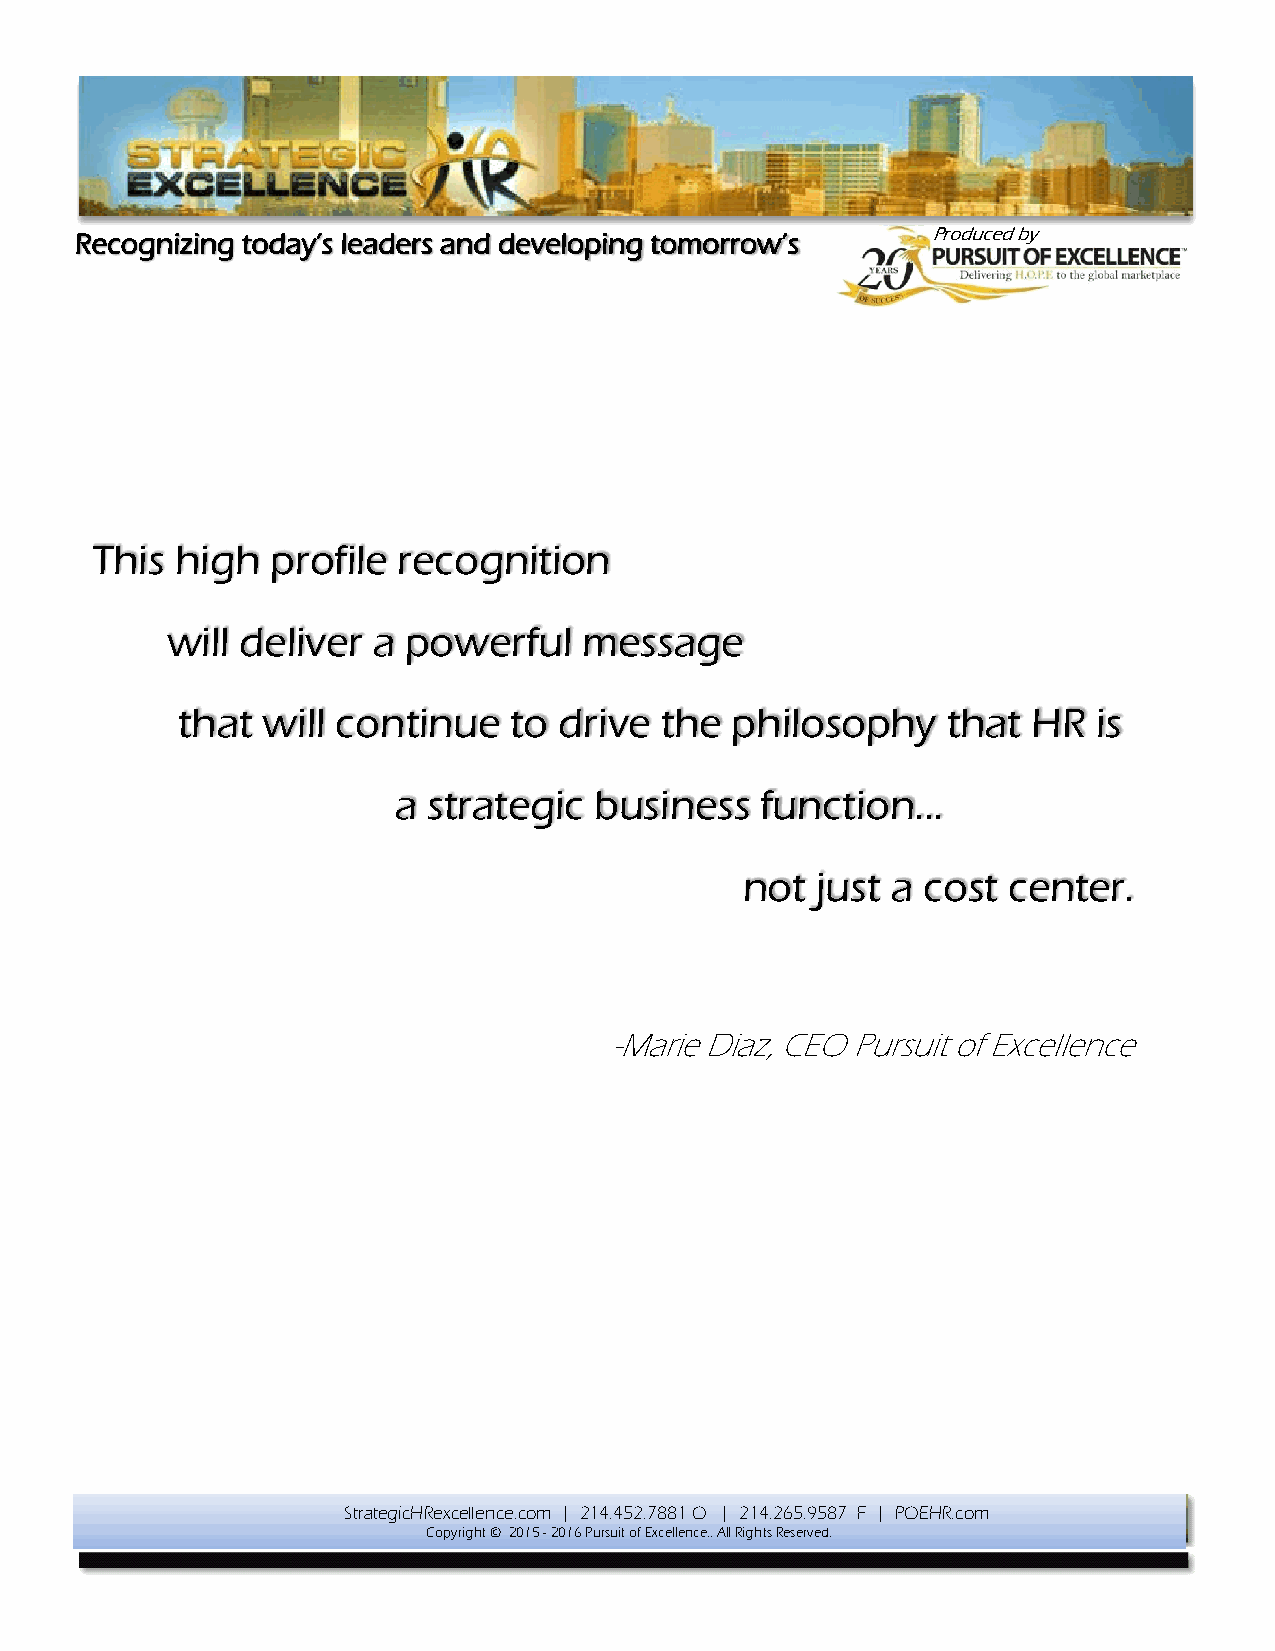
Recognizing today’s leaders and developing tomorrow’s    Produced by
 This  high  profile recognition
 will deliver  a powerful    message
 that will continue    to drive  the philosophy     that HR   is
 a strategic  business   function…
 not  just a cost  center.
 -Marie Diaz, CEO Pursuit of Excellence
 StrategicHRexcellence.com | 214.452.7881 O | 214.265.9587 F | POEHR.com
 Copyright © 2015 - 2016 Pursuit of Excellence.. All Rights Reserved.
 All rights reserved.